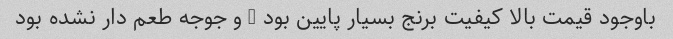
باوجود قیمت بالا کیفیت برنج بسیار پایین بود … و جوجه طعم دار نشده بود